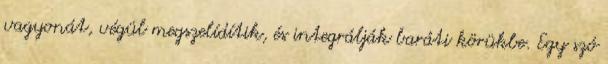
vagyonát, végül megszelídítik, és integrálják baráti körükbe. Egy szó